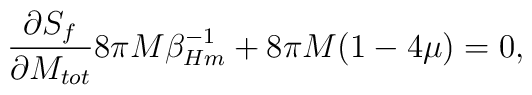
{\partial S_{f} \over \partial M_{tot}}8\pi M \beta_{Hm}^{-1} + 8\pi M (1-4\mu)=0,